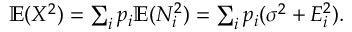
\begin{array} { r } { \mathbb { E } ( X ^ { 2 } ) = \sum _ { i } p _ { i } \mathbb { E } ( N _ { i } ^ { 2 } ) = \sum _ { i } p _ { i } ( \sigma ^ { 2 } + E _ { i } ^ { 2 } ) . } \end{array}